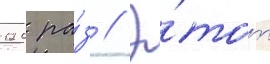
120 ра́з // Э́тот